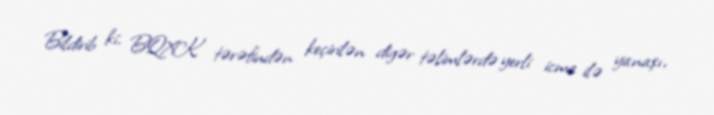
Bildirib ki, BQXK tərəfindən keçirilən digər təlimlərdə yerli icma ilə yanaşı,